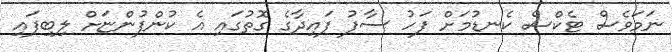
ނަމަވެސް ޓެކްސް ކެނޑުމަށް ފަހު ސާފު ފައިދާގެ ގޮތުގައި އެ ކުންފުންޏަށް ލިބިފައި